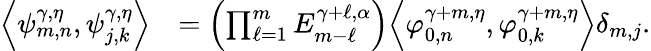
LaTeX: \begin{array}{rl}{{\left\langle{\psi_{m,n}^{\gamma,\eta},\psi_{j,k}^{\gamma,\eta}}\right\rangle}}&{=\left(\prod_{\ell=1}^{m}E_{m-\ell}^{\gamma+\ell,\alpha}\right){\left\langle{\varphi_{0,n}^{\gamma+m,\eta},\varphi_{0,k}^{\gamma+m,\eta}}\right\rangle}\delta_{m,j}.}\end{array}